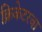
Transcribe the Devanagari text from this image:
क्रिकेटरचा